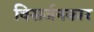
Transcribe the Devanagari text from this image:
विसर्जनकार